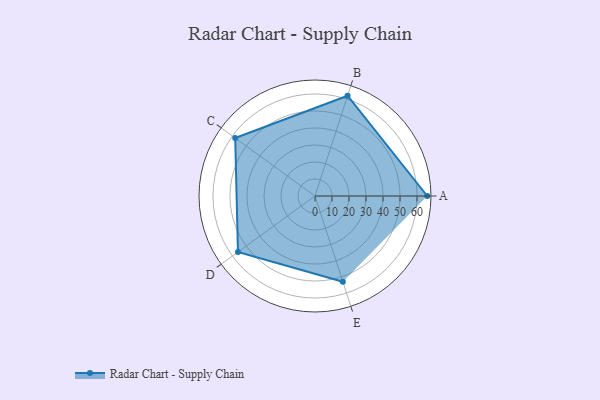
{"axis": {"x": "Skill", "y": "Score"}, "legend": ["Profile"], "data": [{"x": "A", "y": 66.0, "type": "Profile"}, {"x": "B", "y": 62.0, "type": "Profile"}, {"x": "C", "y": 58.0, "type": "Profile"}, {"x": "D", "y": 56.0, "type": "Profile"}, {"x": "E", "y": 53.0, "type": "Profile"}]}